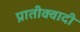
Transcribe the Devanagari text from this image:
प्रातीक्वादी